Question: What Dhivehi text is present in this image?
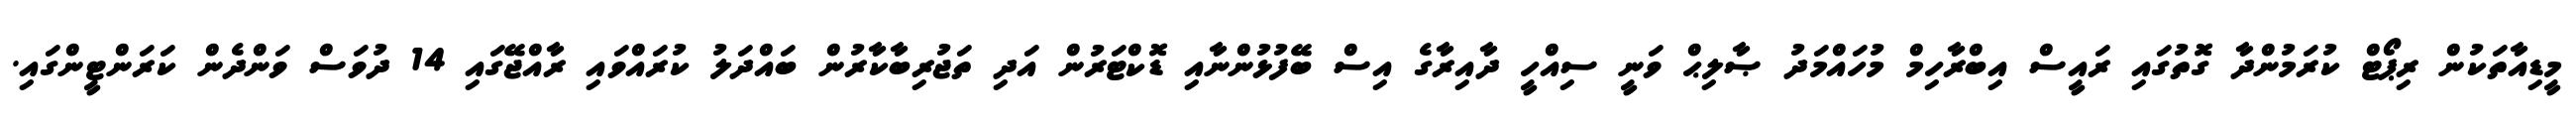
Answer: މީޑިއާތަކުން ރިޕޯޓް ކުރަމުންދާ ގޮތުގައި ރައީސް އިބްރާހިމް މުހައްމަދު ޞާލިޙް ވަނީ ސިއްހީ ދާއިރާގެ އިސް ބޭފުޅުންނާއި ޑޮކްޓަރުން އަދި ތަޖުރިބާކާރުން ބައްދަލު ކުރައްވައި ރާއްޖޭގައި 14 ދުވަސް ވަންދެން ކަރަންޓީންގައި.